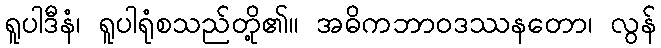
ရူပါဒီနံ၊ ရူပါရုံစသည်တို့၏။ အဓိကဘာဝဒဿနတော၊ လွန်